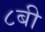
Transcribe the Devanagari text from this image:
८बी